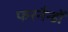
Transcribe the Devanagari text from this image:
फरनैन्डों